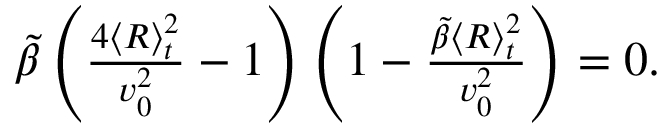
\begin{array} { r } { \tilde { \beta } \left( \frac { 4 \langle R \rangle _ { t } ^ { 2 } } { v _ { 0 } ^ { 2 } } - 1 \right) \left( 1 - \frac { \tilde { \beta } \langle R \rangle _ { t } ^ { 2 } } { v _ { 0 } ^ { 2 } } \right) = 0 . } \end{array}